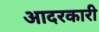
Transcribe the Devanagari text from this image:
आदरकारी